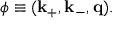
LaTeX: \phi \equiv ( \bf k _ { + } , k _ { - } , q ) .